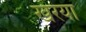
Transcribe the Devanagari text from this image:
खरया